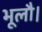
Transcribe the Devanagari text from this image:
भूलौ।